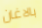
بالاغان